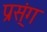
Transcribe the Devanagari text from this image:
प्रस्ंग